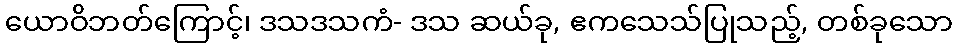
ယောဝိဘတ်ကြောင့်၊ ဒသဒသကံ- ဒသ ဆယ်ခု, ဧကသေသ်ပြုသည့်, တစ်ခုသော